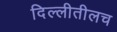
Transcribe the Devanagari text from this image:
दिल्लीतीलच